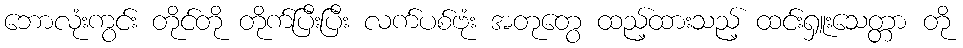
ဘောလုံးကွင်း တိုင်တို တိုက်ပြီးပြီး လက်ပစ်ဗုံး အတုတွေ ထည့်ထားသည့် ထင်းရှူးသေတ္တာ တို